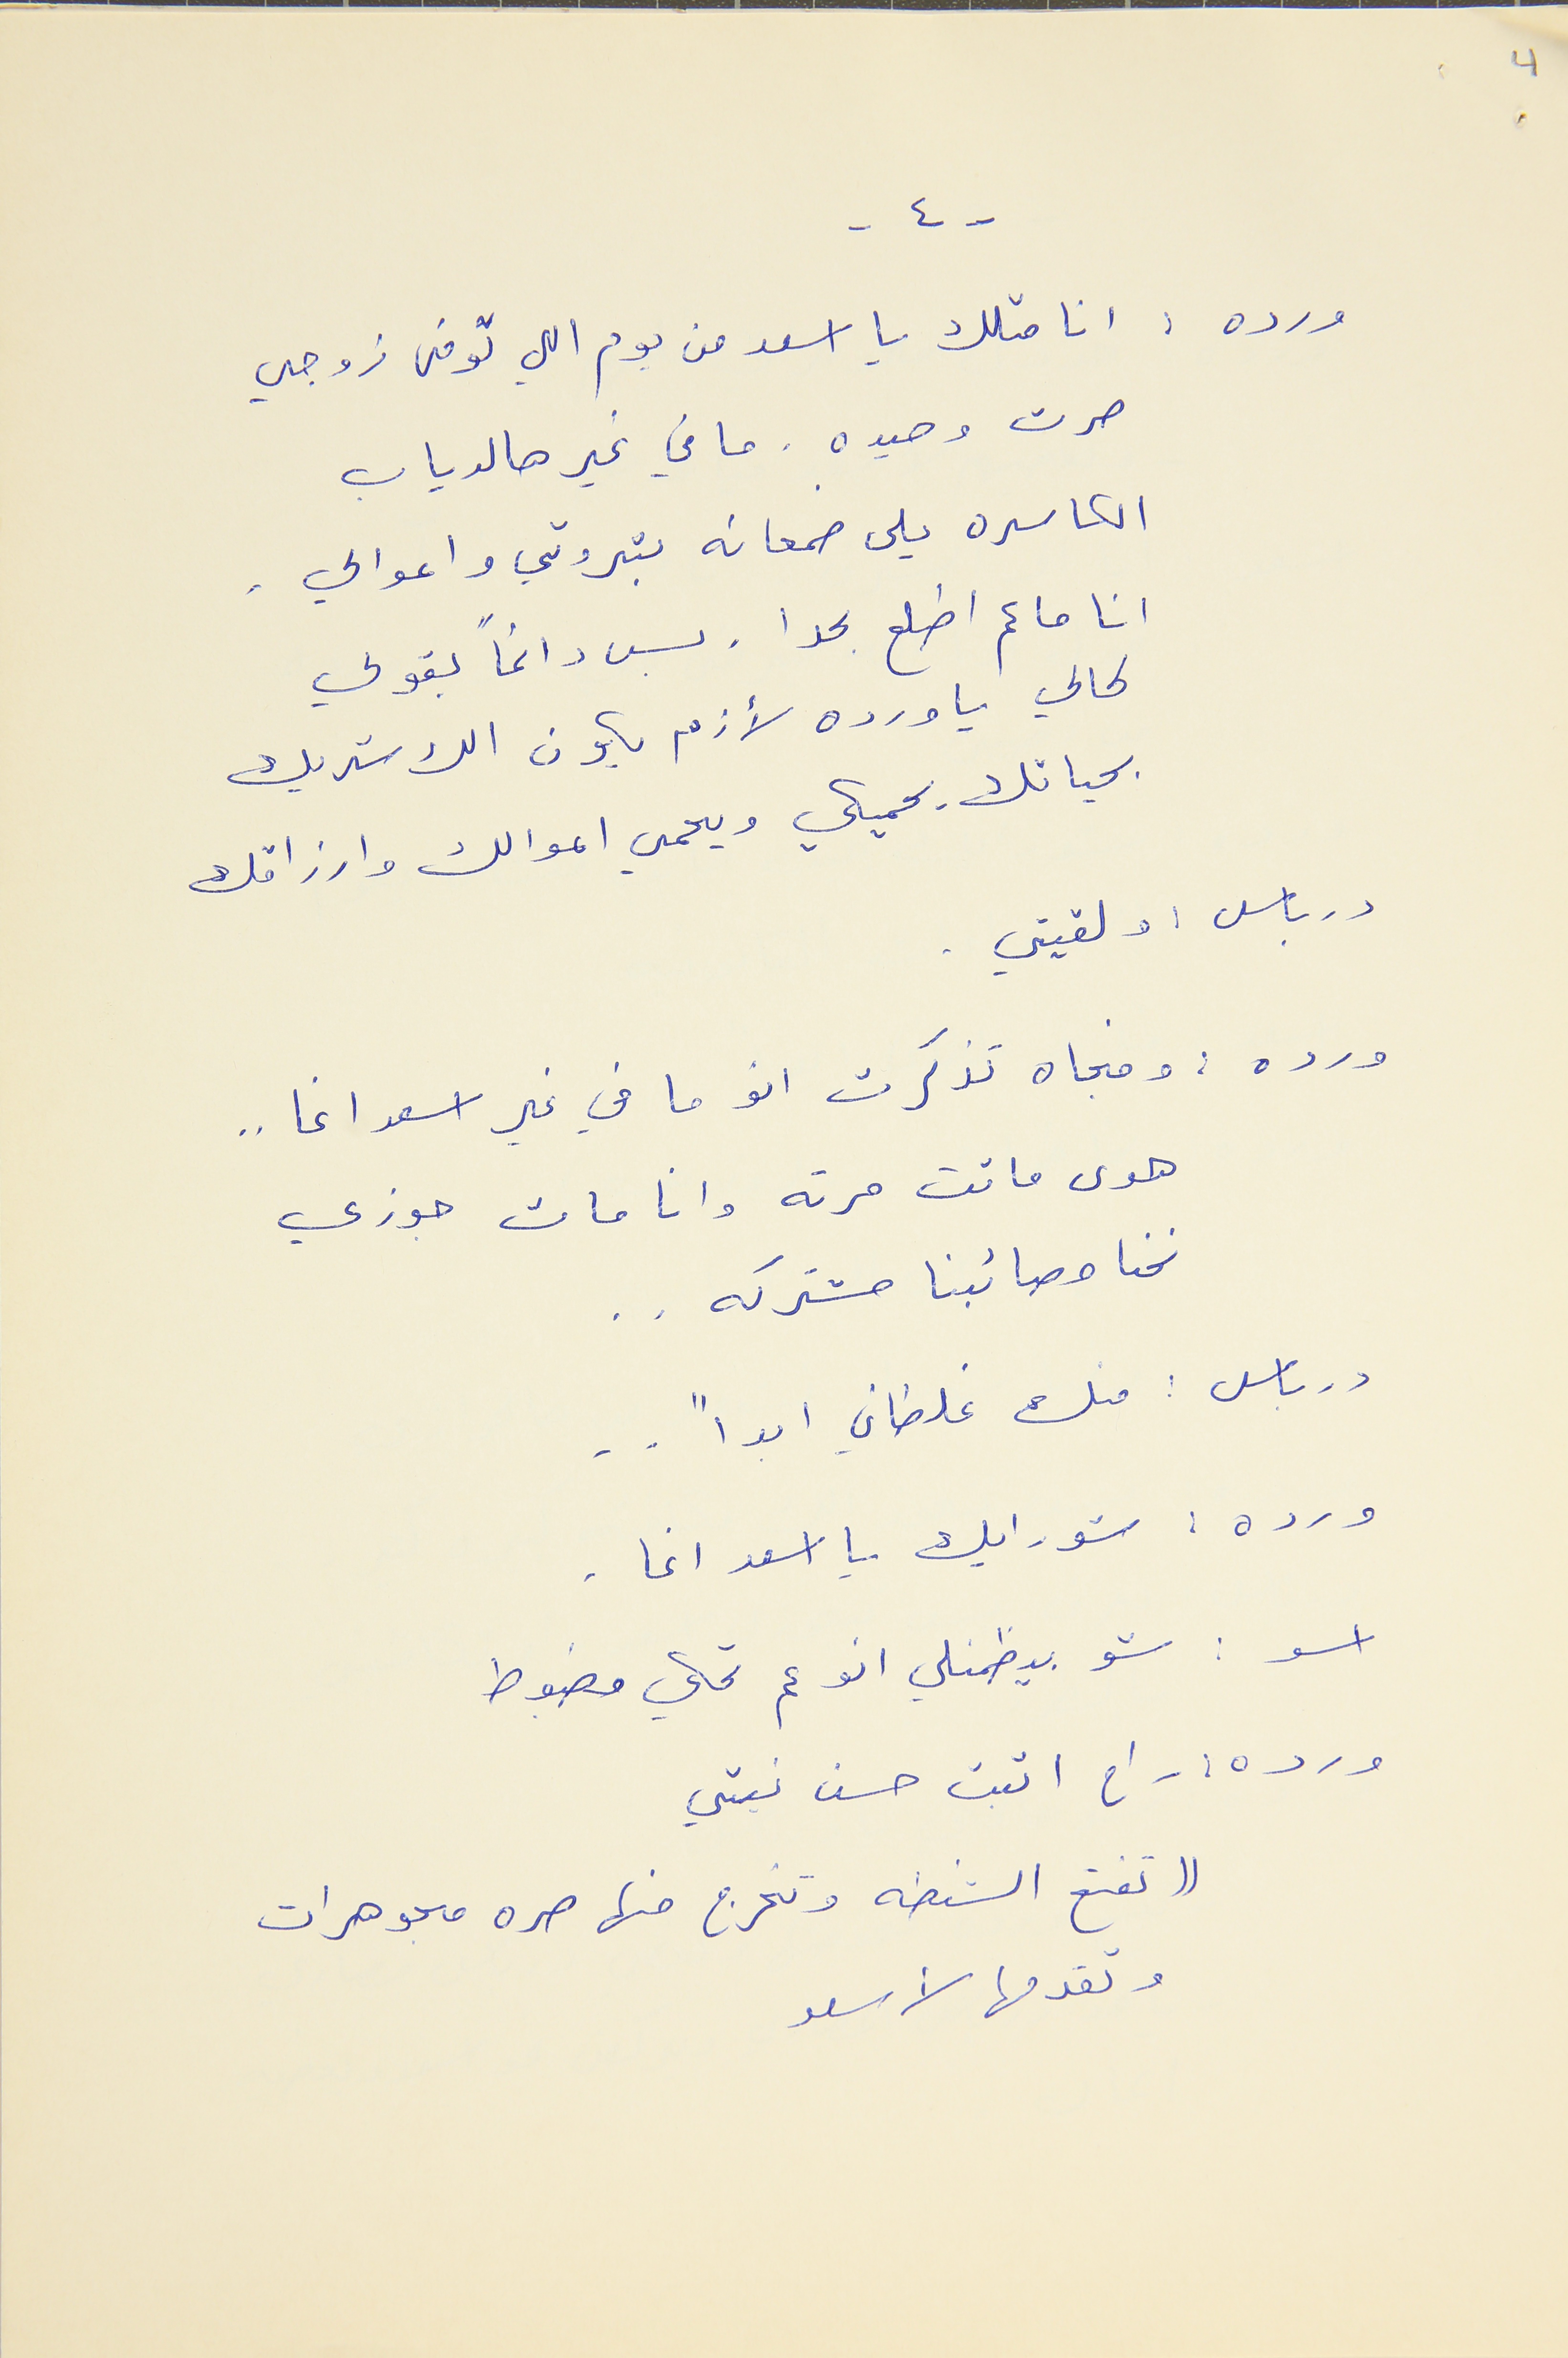
- ٤ -
4
ورده : انا متلك يا اسعد من يوم اللي توفى جوزي
صرت وحيده. ما في غير هالدياب
الكاسره يلى صمعانه بثروتي واعوالي .
انا ما عم اطلع بحدا . بس دائماً بقولي
لحالي يا ورده لأزم يكون الك شريك
بحياتك يحميكي ويحمي اموالك وارزاقك
درباس : ولقيتي .
ورده : وفجاه تذكرت انو ما في غير اسعد اغا  . .
هوى ماتت مرته وانا مات جوزي
نحنا مصائبنا مشتركه . .
درباس : منك غلطاني ابداً  . .
ورده : شو رايك يا اسعد اغا .
اسعد : شو بيظمنلي انو عم تحكي مضبوط
ورده : راح اثبت حسن نيتي
(( تفتح الشنطه وتخرج منها صره مجوهرات
وتقدمها لأسعد